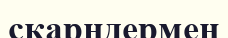
скарндермен